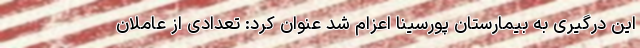
این درگیری به بیمارستان پورسینا اعزام شد عنوان کرد: تعدادی از عاملان